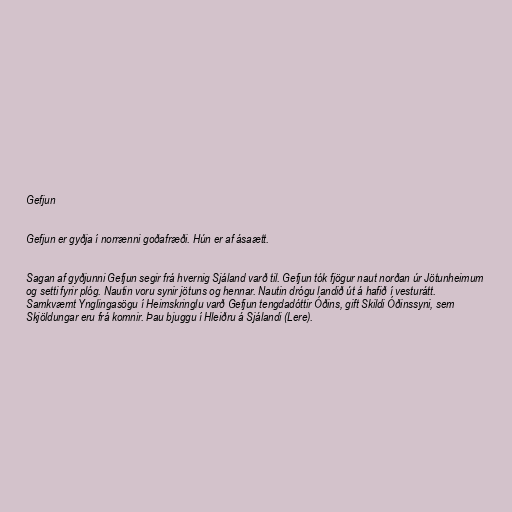
Gefjun

Gefjun er gyðja í norrænni goðafræði. Hún er af ásaætt.

Sagan af gyðjunni Gefjun segir frá hvernig Sjáland varð til. Gefjun tók fjögur naut norðan úr Jötunheimum
og setti fyrir plóg. Nautin voru synir jötuns og hennar. Nautin drógu landið út á hafið í vesturátt.
Samkvæmt Ynglingasögu í Heimskringlu varð Gefjun tengdadóttir Óðins, gift Skildi Óðinssyni, sem
Skjöldungar eru frá komnir. Þau bjuggu í Hleiðru á Sjálandi (Lere).